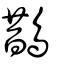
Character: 鵲